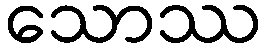
သောဿ